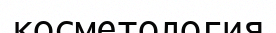
косметология